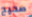
صحيح